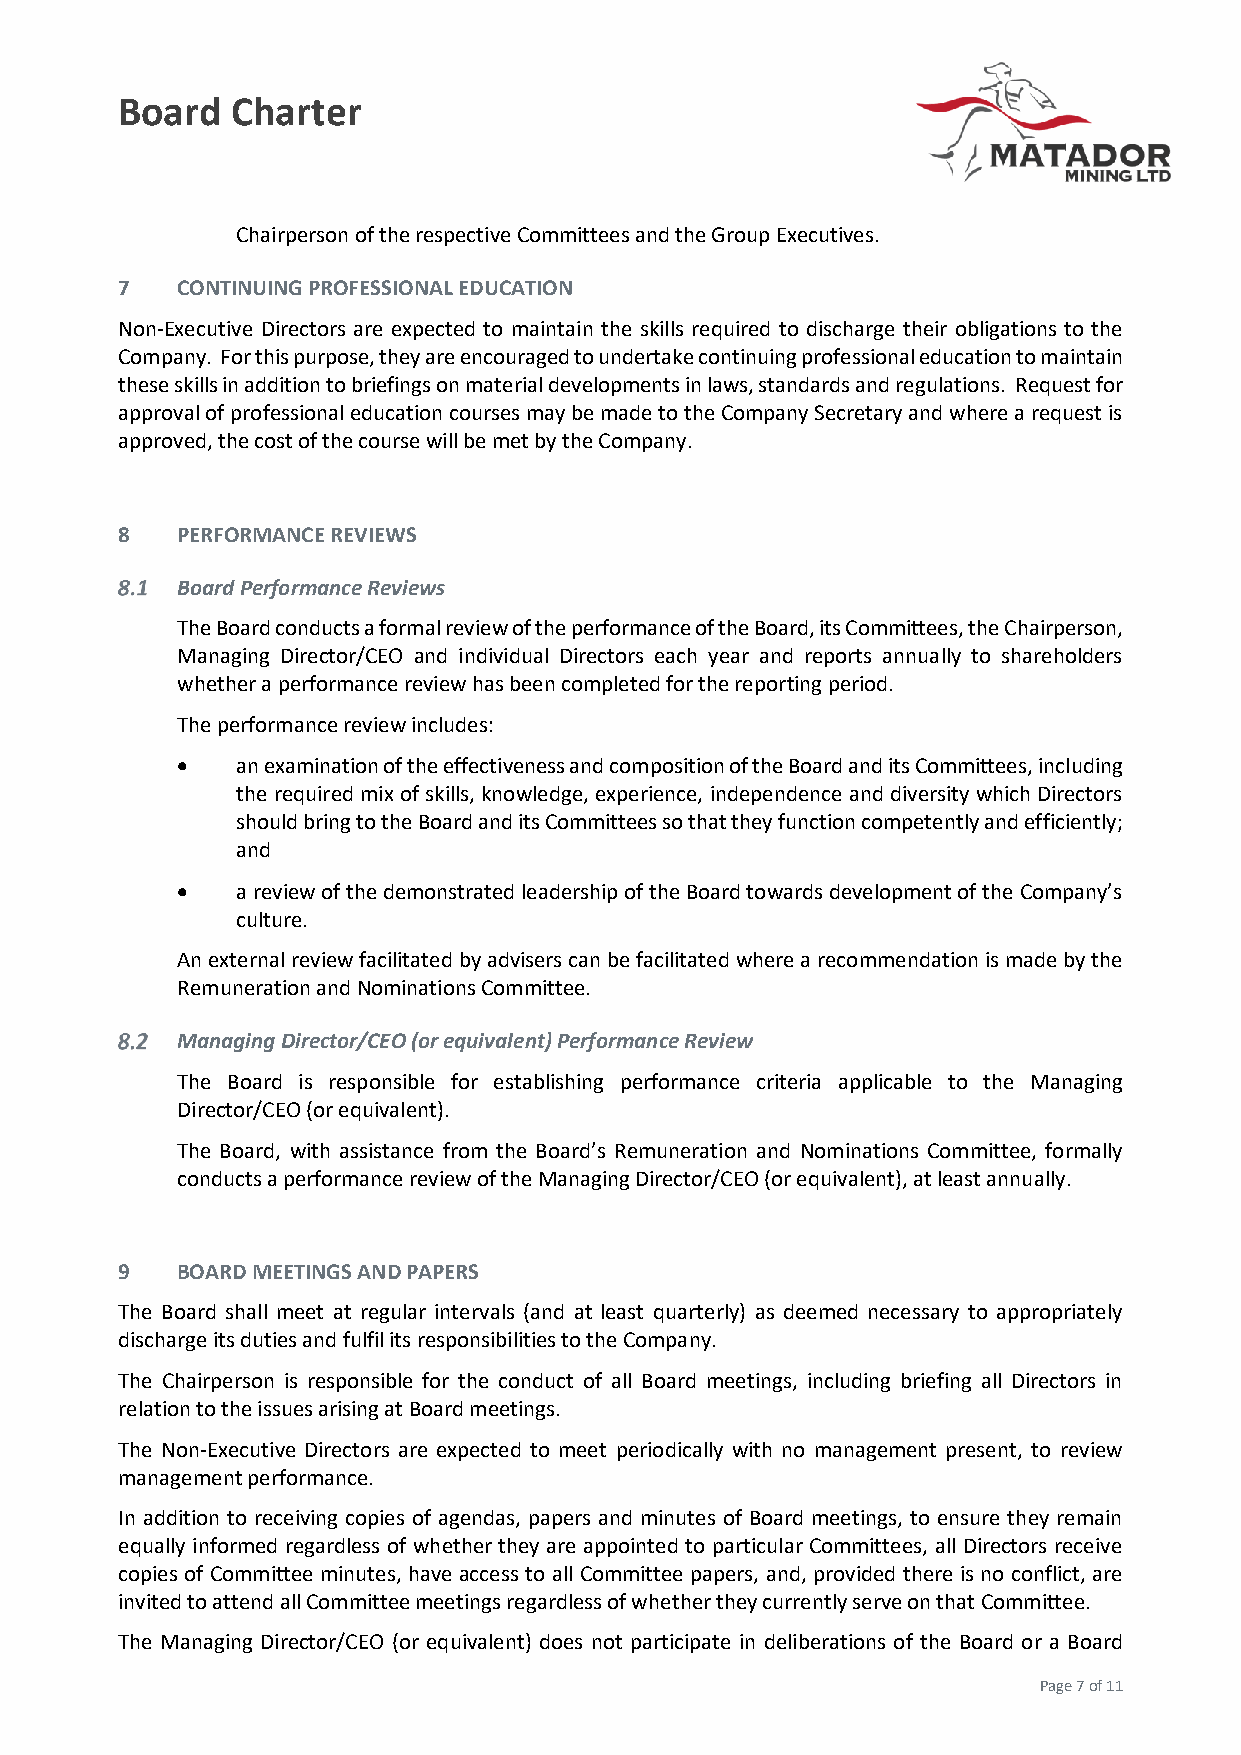
Board  Charter
 Chairperson of the respective Committees and the Group Executives.
 7   CONTINUING PROFESSIONAL EDUCATION
 Non-Executive Directors are expected to maintain the skills required to discharge their obligations to the
 Company. For this purpose, they are encouraged to undertake continuing professional education to maintain
 these skills in addition to briefings on material developments in laws, standards and regulations. Request for
 approval of professional education courses may be made to the Company Secretary and where a request is
 approved, the cost of the course will be met by the Company.
 8   PERFORMANCE REVIEWS
 Board Performance Reviews
 The Board conducts a formal review of the performance of the Board, its Committees, the Chairperson,
 Managing Director/CEO and individual Directors each year and reports annually to shareholders
 whether a performance review has been completed for the reporting period.
 The performance review includes:
 •   an examination of the effectiveness and composition of the Board and its Committees, including
 the required mix of skills, knowledge, experience, independence and diversity which Directors
 should bring to the Board and its Committees so that they function competently and efficiently;
 and
 •   a review of the demonstrated leadership of the Board towards development of the Company’s
 culture.
 An external review facilitated by advisers can be facilitated where a recommendation is made by the
 Remuneration and Nominations Committee.
 Managing Director/CEO (or equivalent) Performance Review
 The Board is responsible for establishing performance criteria applicable to the Managing
 Director/CEO (or equivalent).
 The Board, with assistance from the Board’s Remuneration and Nominations Committee, formally
 conducts a performance review of the Managing Director/CEO (or equivalent), at least annually.
 9   BOARD MEETINGS AND PAPERS
 The Board shall meet at regular intervals (and at least quarterly) as deemed necessary to appropriately
 discharge its duties and fulfil its responsibilities to the Company.
 The Chairperson is responsible for the conduct of all Board meetings, including briefing all Directors in
 relation to the issues arising at Board meetings.
 The Non-Executive Directors are expected to meet periodically with no management present, to review
 management performance.
 In addition to receiving copies of agendas, papers and minutes of Board meetings, to ensure they remain
 equally informed regardless of whether they are appointed to particular Committees, all Directors receive
 copies of Committee minutes, have access to all Committee papers, and, provided there is no conflict, are
 invited to attend all Committee meetings regardless of whether they currently serve on that Committee.
 The Managing Director/CEO (or equivalent) does not participate in deliberations of the Board or a Board
 Page 7 of 11